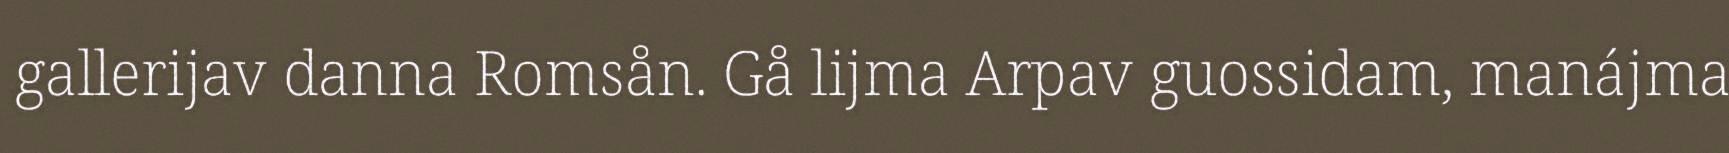
gallerijav danna Romsån. Gå lijma Arpav guossidam, manájma